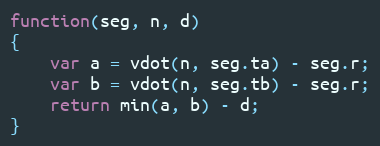
Language: JavaScript
function(seg, n, d)
{
    var a = vdot(n, seg.ta) - seg.r;
    var b = vdot(n, seg.tb) - seg.r;
    return min(a, b) - d;
}